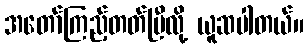
အတော်ကြည့်တတ်ပြီလို့ ယူဆပါတယ်။